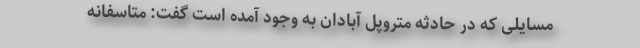
مسایلی که در حادثه متروپل آبادان به وجود آمده است گفت:‌ متاًسفانه